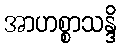
အာဟစ္စာသန္ဒိ